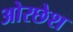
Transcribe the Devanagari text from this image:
ओरछेश